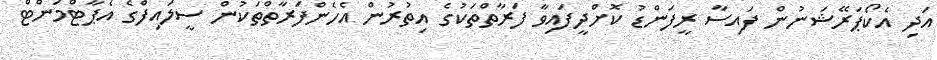
އަދި އެކޯޕަރޭޝަނުން ފައިސާ ރީފަންޑު ކޮށްދީފައިވާ ފަރާތްތަކުގެ އިތުރުން އެހެންފަރާތްތަކުން ސީލައިފްގެ އެޕާޓްމަންޓް